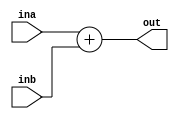
`timescale 1ns / 1ps
//////////////////////////////////////////////////////////////////////////////////
// Company: 
// Engineer: 
// 
// Design Name: 
// Module Name: adder
// Project Name: 
// Target Devices: 
// Tool Versions: 
// Description: 
// 
// Dependencies: 
// 
// Revision:
// Revision 0.01 - File Created
// Additional Comments:
// 
//////////////////////////////////////////////////////////////////////////////////


module adder(input [31:0] ina,inb,output reg [31:0] out);
   always@(*) begin
        out = ina + inb;
   end
endmodule